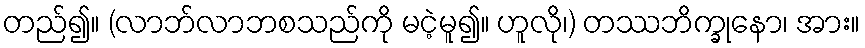
တည်၍။ (လာဘ်လာဘစသည်ကို မငဲ့မူ၍။ ဟူလို၊) တဿဘိက္ခုနော၊ အား။